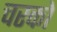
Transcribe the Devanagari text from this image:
चरको